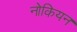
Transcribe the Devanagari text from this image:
नोकियन